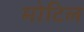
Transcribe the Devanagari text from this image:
मोटिल